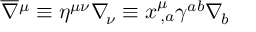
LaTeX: \overline { { \nabla } } { ^ \mu } \equiv \eta ^ { \mu \nu } \nabla _ { \! \nu } \equiv x _ { \, , a } ^ { \mu } \gamma ^ { a b } \nabla _ { \! b }